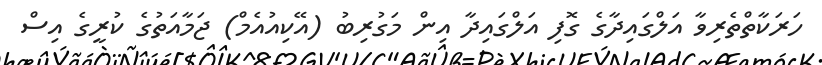
ހަރަކާތްތެރިވާ އަލްގައިދާގެ ގޮފި އަލްގައިދާ އިން މަގުރިބު (އޭކިއުއެމް) ޖަމާއަތުގެ ކުރީގެ އިސް